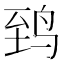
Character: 𬸈